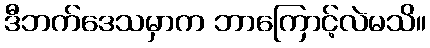
ဒီဘက်ဒေသမှာက ဘာကြောင့်လဲမသိ။